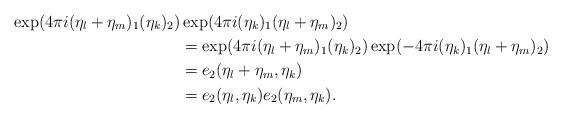
LaTeX: \begin{align*}\exp(4 \pi i (\eta_{l}+\eta_{m})_1(\eta_k)_2)&\exp(4 \pi i (\eta_k)_1 (\eta_l+\eta_m)_2)\\ & = \exp(4 \pi i (\eta_{l}+\eta_{m})_1(\eta_k)_2)\exp(-4 \pi i (\eta_k)_1 (\eta_l+\eta_m)_2) \\ &= e_2(\eta_l+\eta_m,\eta_k) \\ & = e_2(\eta_l,\eta_k)e_2(\eta_m,\eta_k).\end{align*}